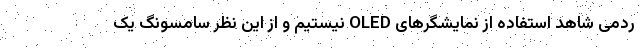
ردمی شاهد استفاده از نمایشگرهای OLED نیستیم و از این نظر سامسونگ یک